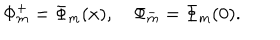
\Phi _ { m } ^ { + } = \Phi _ { m } ( x ) , \quad \Phi _ { m } ^ { - } = \Phi _ { m } ( 0 ) .